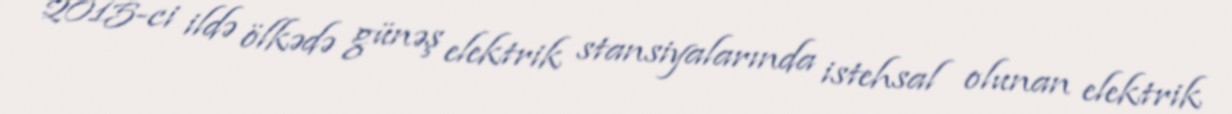
2015-ci ildə ölkədə günəş elektrik stansiyalarında istehsal olunan elektrik